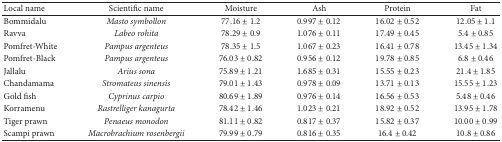
| Local name | Scientific name | Moisture | Ash | Protein | Fat |
 | --- | --- | --- | --- | --- | --- |
 | Bommidalu | Masto symbollon | 77.16 ± 1.2 | 0.997 ± 0.12 | 16.02 ± 0.52 | 12.05 ± 1.1 |
 | Ravva | Labeo rohita | 78.29 ± 0.9 | 1.076 ± 0.11 | 17.49 ± 0.45 | 5.4 ± 0.85 |
 | Pomfret-White | Pampus argenteus | 78.35 ± 1.5 | 1.067 ± 0.23 | 16.41 ± 0.78 | 13.45 ± 1.34 |
 | Pomfret-Black | Pampus argenteus | 76.03 ± 0.82 | 0.956 ± 0.12 | 19.78 ± 0.85 | 6.8 ± 0.46 |
 | Jallalu | Arius sona | 75.89 ± 1.21 | 1.685 ± 0.31 | 15.55 ± 0.23 | 21.4 ± 1.85 |
 | Chandamama | Stromateus sinensis | 79.01 ± 1.43 | 0.978 ± 0.09 | 13.71 ± 0.13 | 15.55 ± 1.23 |
 | Gold fish | Cyprinus carpio | 80.69 ± 1.89 | 0.976 ± 0.14 | 16.56 ± 0.53 | 5.48 ± 0.46 |
 | Korramenu | Rastrelliger kanagurta | 78.42 ± 1.46 | 1.023 ± 0.21 | 18.92 ± 0.52 | 13.95 ± 1.78 |
 | Tiger prawn | Penaeus monodon | 81.11 ± 0.82 | 0.817 ± 0.37 | 15.82 ± 0.37 | 10.00 ± 0.99 |
 | Scampi prawn | Macrobrachium rosenbergii | 79.99 ± 0.79 | 0.816 ± 0.35 | 16.4 ± 0.42 | 10.8 ± 0.86 |